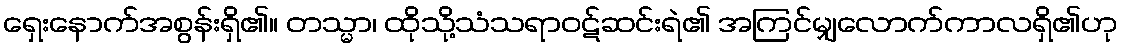
ရှေးနောက်အစွန်းရှိ၏။ တသ္မာ၊ ထိုသို့သံသရာဝဋ်ဆင်းရဲ၏ အကြင်မျှလောက်ကာလရှိ၏ဟု